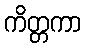
ကိတ္တကာ